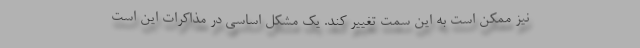
نیز ممکن است به این سمت تغییر کند. یک مشکل اساسی در مذاکرات این است